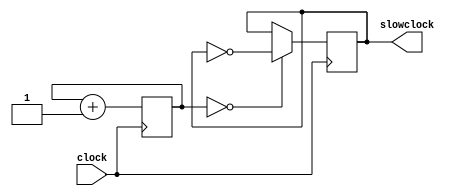
`timescale 1ns / 1ps
//////////////////////////////////////////////////////////////////////////////////
// Company: 
// Engineer: 
// 
// Design Name: 
// Module Name: Subtask_C_slowclock
// Project Name: 
// Target Devices: 
// Tool Versions: 
// Description: 
// 
// Dependencies: 
// 
// Revision:
// Revision 0.01 - File Created
// Additional Comments:
// 
//////////////////////////////////////////////////////////////////////////////////


module Subtask_C_slowclock(
    input clock,
    output reg slowclock = 0
    );
    
    // for delay of T = 1.34 s, f = 1/T = 0.746 Hz = 0.75 Hz
    reg [25:0] count = 0;
    
    always @ (posedge clock) begin
        count <= count + 1;
        slowclock <= (count == 0) ? ~slowclock : slowclock;
    end
endmodule